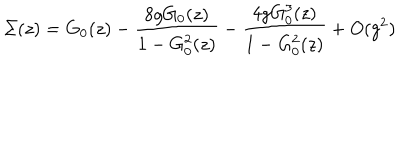
\Sigma ( z ) = G _ { 0 } ( z ) - { \frac { 8 g G _ { 0 } ( z ) } { 1 - G _ { 0 } ^ { 2 } ( z ) } } - { \frac { 4 g G _ { 0 } ^ { 3 } ( z ) } { 1 - G _ { 0 } ^ { 2 } ( z ) } } + O ( g ^ { 2 } )